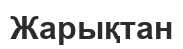
Жарықтан